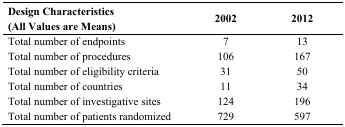
| Design Characteristics (All Values are Means) | 2002 | 2012 |
 | --- | --- | --- |
 | Total number of endpoints | 7 | 13 |
 | Total number of procedures | 106 | 167 |
 | Total number of eligibility criteria | 31 | 50 |
 | Total number of countries | 11 | 34 |
 | Total number of investigative sites | 124 | 196 |
 | Total number of patients randomized | 729 | 597 |